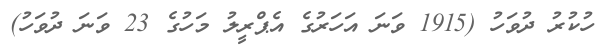
ހުކުރު ދުވަހު (1915 ވަނަ އަހަރުގެ އެޕްރީލު މަހުގެ 23 ވަނަ ދުވަހު)